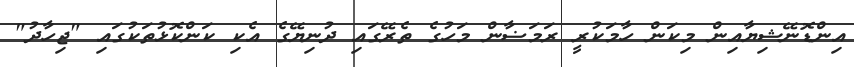
އިންޑޮނޭޝިޔާއިން މިކަން ހާމަކުރީ ރަމަޟާން މަހުގެ ތެރޭގައި ދުނިޔޭގެ އެކި ކަންކޮޅުތަކުގައި "ޖިހާދު"